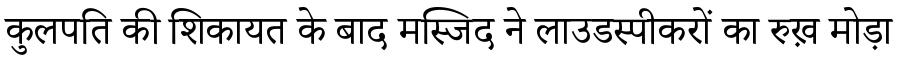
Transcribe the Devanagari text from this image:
कुलपति की शिकायत के बाद मस्जिद ने लाउडस्पीकरों का रुख़ मोड़ा